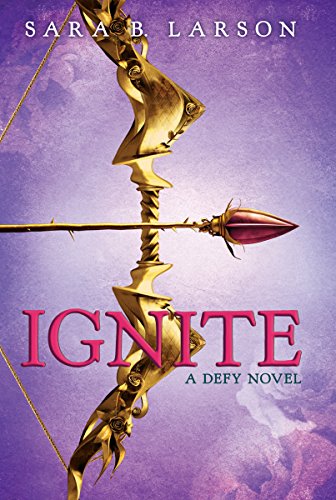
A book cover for Ignite (Defy); Sara B. Larson; Teen & Young Adult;